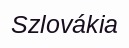
Szlovákia